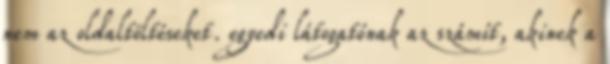
nem az oldaltöltéseket. egyedi látogatónak az számít, akinek a